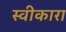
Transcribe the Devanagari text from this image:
स्‍वीकारा